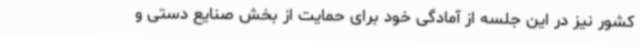
کشور نیز در این جلسه از آمادگی خود برای حمایت از بخش صنایع دستی و